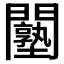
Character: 𨷙